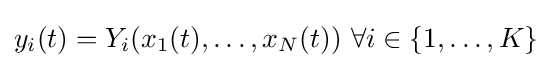
y_{i}(t)=Y_{i}(x_{1}(t),\ldots ,x_{N}(t)){\text{ }}\forall i\in \{1,\ldots ,K\}